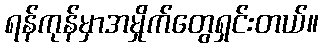
ရန်ကုန်မှာအမှိုက်တွေရှင်းတယ်။